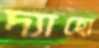
দ্যাহো